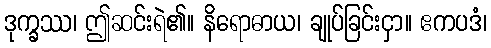
ဒုက္ခဿ၊ ဤဆင်းရဲ၏။ နိရောဓာယ၊ ချုပ်ခြင်းငှာ။ ဧကပဒံ၊